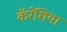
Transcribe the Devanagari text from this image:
कॅरेंशिया